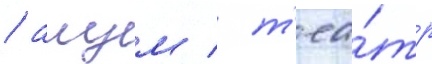
/ алум / т'еа́тр